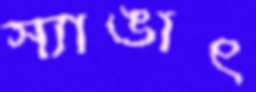
স্যাঙাৎ